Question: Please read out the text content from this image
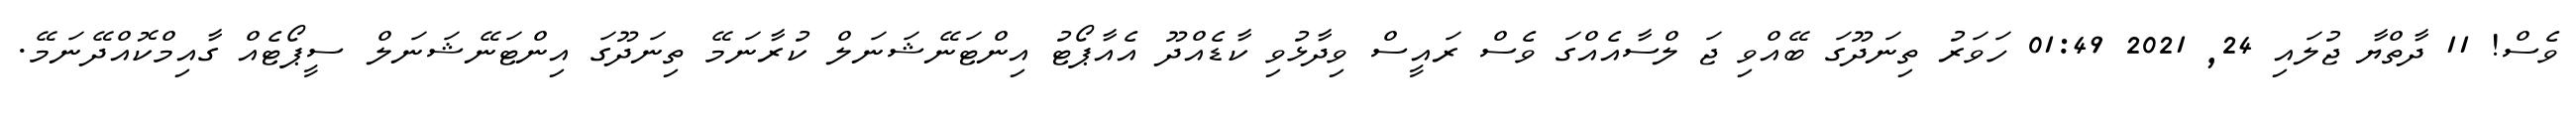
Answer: ވެސް! 11 ދާތްޔާ ޖުލައި 24, 2021 01:49 ހަވަރު ތިނަދޫގަ ބޭއްވި ޖަ ލްސާއެއްގަ ވެސް ރައީސް ވިދާޅުވި ކާޑެއްދޫ އެއާޕޯޓު އިންޓަނޭޝަނަލް ކުރާނަމޭ ތިނަދޫގަ އިންޓަނޭޝަނަލް ސީޕޯޓެއް ގާއިމްކޮއްދޭނަމޭ.